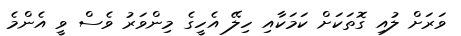
ވަރަށް ލުއި ގޮތަކަށް ކަމަކާއި ހިލޭ އެހީގެ މިންވަރު ވެސް ވީ އެންމެ